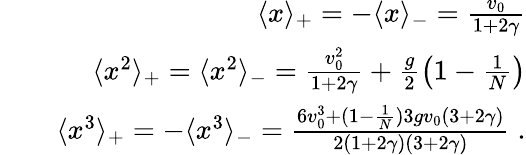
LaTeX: \begin{array}{rlr}&{}&{\langle x\rangle_{+}=-\langle x\rangle_{-}=\frac{v_{0}}{1+2\gamma}}\\ &{}&{\langle x^{2}\rangle_{+}=\langle x^{2}\rangle_{-}=\frac{v_{0}^{2}}{1+2\gamma}+\frac{g}{2}\left(1-\frac{1}{N}\right)}\\ &{}&{\langle x^{3}\rangle_{+}=-\langle x^{3}\rangle_{-}=\frac{6v_{0}^{3}+(1-\frac{1}{N})3gv_{0}(3+2\gamma)}{2(1+2\gamma)(3+2\gamma)}\; .}\end{array}